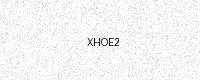
Text: XHOE2